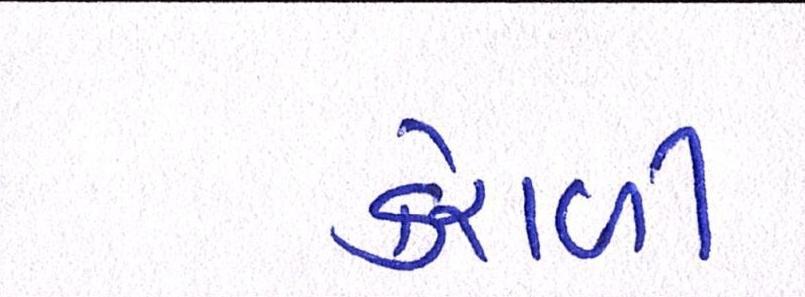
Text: કેરાળી